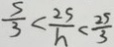
\frac { 5 } { 3 } < \frac { 2 5 } { h } < \frac { 2 5 } { 3 }